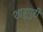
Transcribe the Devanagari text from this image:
शाहूपुरी